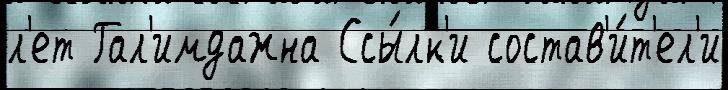
л'ет Гал'имдажна Ссы́лк'и состав'и́т'ел'и